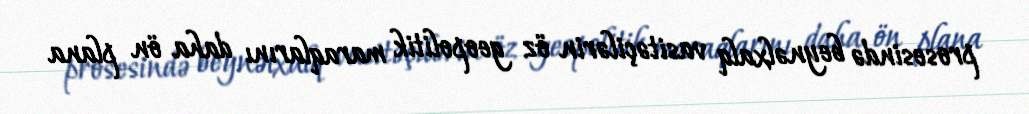
prosesində beynəlxalq vasitəçilərin öz geopolitik maraqlarını daha ön plana